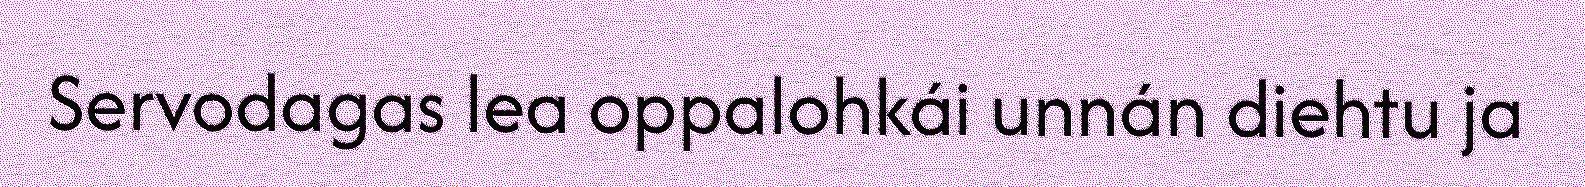
Servodagas lea oppalohkái unnán diehtu ja